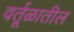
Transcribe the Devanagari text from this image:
वर्तूळातील